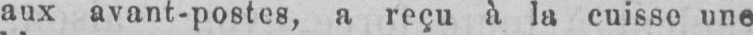
aux avant-postes, a reçu à la cuisse une